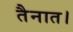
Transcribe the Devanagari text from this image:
तैनात।